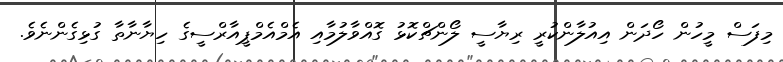
މިފަސް މީހުން ހޯދަން އިއުލާންކުރީ ރިޔާސީ ލޯންޗްކޮޅު ގޮއްވާލުމާއި އެމްއެމްޕީއާރްސީގެ ހިޔާނާތާ ގުޅިގެންނެވެ.